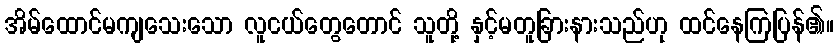
အိမ်ထောင်မကျသေးသော လူငယ်တွေတောင် သူတို့ နှင့်မတူခြားနားသည်ဟု ထင်နေကြပြန်၏။